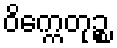
ဝိက္ကေတုဉ္စ